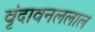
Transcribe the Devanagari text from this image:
वृंदावनललाल